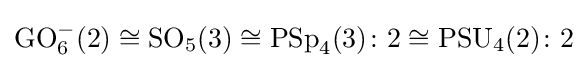
\operatorname {GO} _{6}^{-}(2)\cong \operatorname {SO} _{5}(3)\cong \operatorname {PSp} _{4}(3)\colon 2\cong \operatorname {PSU} _{4}(2)\colon 2